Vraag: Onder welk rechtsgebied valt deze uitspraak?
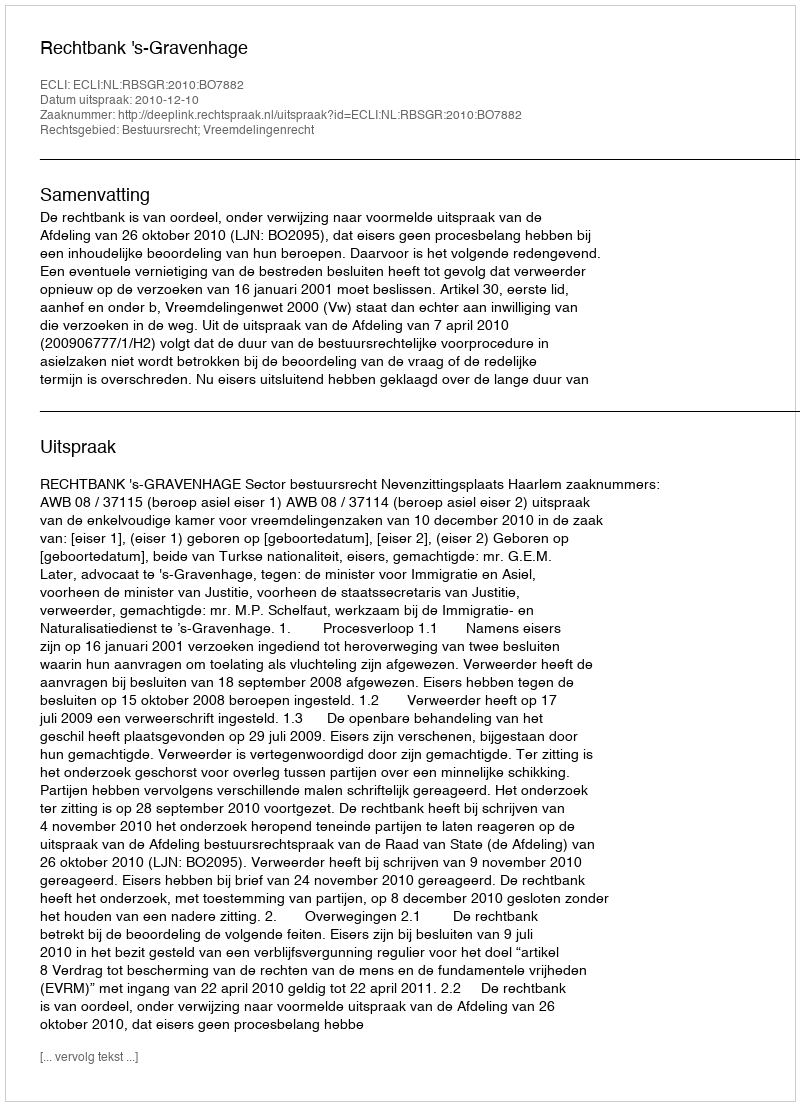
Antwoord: Bestuursrecht; Vreemdelingenrecht